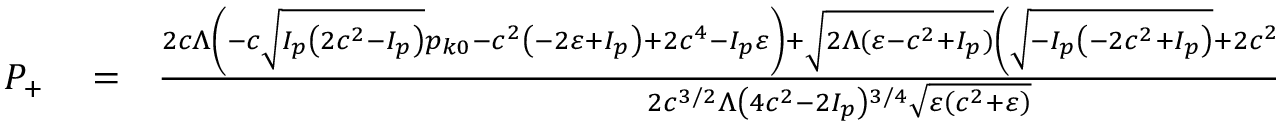
\begin{array} { r l r } { { \cal P } _ { + } } & { { } = } & { \frac { 2 c \Lambda \left( - c \sqrt { I _ { p } \left( 2 c ^ { 2 } - I _ { p } \right) } p _ { k 0 } - c ^ { 2 } \left( - 2 \varepsilon + I _ { p } \right) + 2 c ^ { 4 } - I _ { p } \varepsilon \right) + \sqrt { 2 \Lambda ( \varepsilon - c ^ { 2 } + I _ { p } ) } \left( \sqrt { - I _ { p } \left( - 2 c ^ { 2 } + I _ { p } \right) } + 2 c ^ { 2 } - I _ { p } \right) \left( \varepsilon + c \left( c + p _ { k 0 } \right) \right) } { 2 c ^ { 3 / 2 } \Lambda \left( 4 c ^ { 2 } - 2 I _ { p } \right) { } ^ { 3 / 4 } \sqrt { \varepsilon \left( c ^ { 2 } + \varepsilon \right) } } } \end{array}